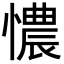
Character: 憹